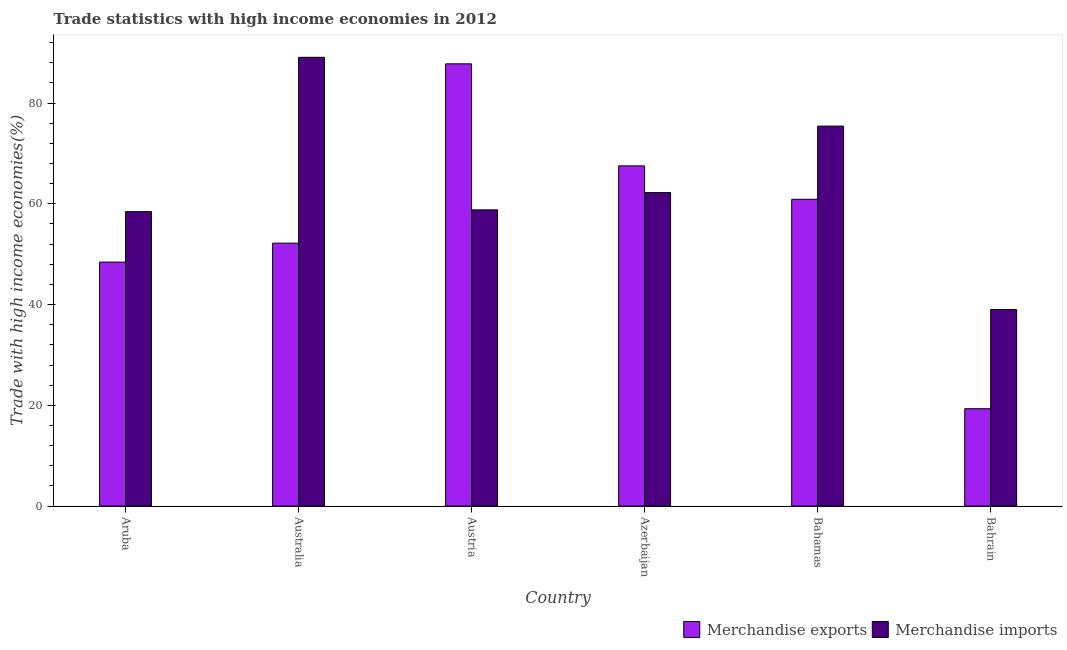
| Country | Merchandise exports | Merchandise imports |
 | --- | --- | --- |
 | Aruba | 48.4 | 58.4 |
 | Australia | 52.2 | 89.1 |
 | Austria | 87.8 | 58.8 |
 | Azerbaijan | 67.5 | 62.2 |
 | Bahamas | 60.9 | 75.4 |
 | Bahrain | 19.3 | 39 |